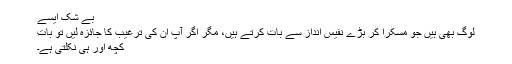
بے شک ایسے
لوگ بھی ہیں جو مسکرا کر بڑے نفیس انداز سے بات کرتے ہیں، مگر اگر آپ ان کی ترغیب کا جائزہ لیں تو بات
کچھ اور ہی نکلتی ہے۔